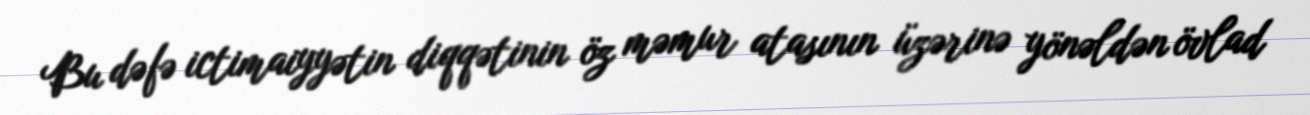
Bu dəfə ictimaiyyətin diqqətinin öz məmur atasının üzərinə yönəldən övlad